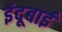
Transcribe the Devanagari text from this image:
इंदूबाई